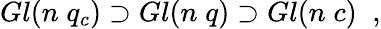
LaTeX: Gl(n\; q_{c})\supset Gl(n\; q)\supset Gl(n\; c)\; \; ,